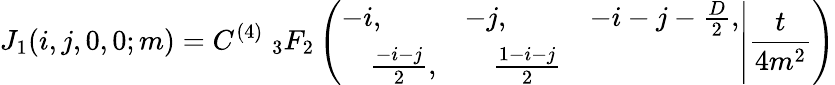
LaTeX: J_{1}(i,j,0,0;m)=C^{(4)}\; _{3}F_{2}\left(\left.\begin{array}{lll}{{-i,}}&{{-j,}}&{{-i-j-\frac{D}{2},}}\\ {{\quad\frac{-i-j}{2},}}&{{\quad\frac{1-i-j}{2}}}\end{array}\right|\frac{t}{4m^{2}}\right)